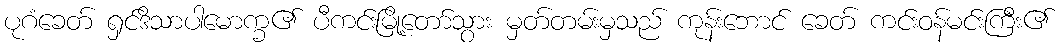
ပုဂံခေတ် ရှင်ဒိသာပါမောက္ခ၏ ပီကင်းမြို့တော်သွား မှတ်တမ်းမှသည် ကုန်းဘောင် ခေတ် ကင်းဝန်မင်းကြီး၏